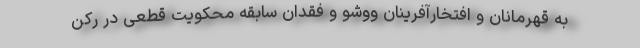
به قهرمانان و افتخارآفرینان ووشو و فقدان سابقه محکویت قطعی در رکن